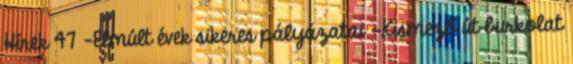
Hírek 47 -Elmúlt évek sikeres pályázatai -Kismező út burkolat